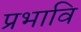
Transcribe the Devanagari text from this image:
प्रभावि